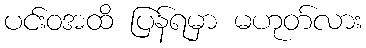
ပင်းဝအထိ ပြန်ရမှာ မဟုတ်လား